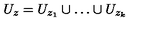
U _ { z } = U _ { z _ { 1 } } \cup \ldots \cup U _ { z _ { k } }